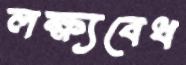
লক্ষ্যবেধ